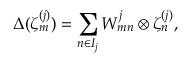
\Delta ( \zeta _ { m } ^ { ( j ) } ) = \sum _ { n \in I _ { j } } W _ { m n } ^ { j } \otimes \zeta _ { n } ^ { ( j ) } ,